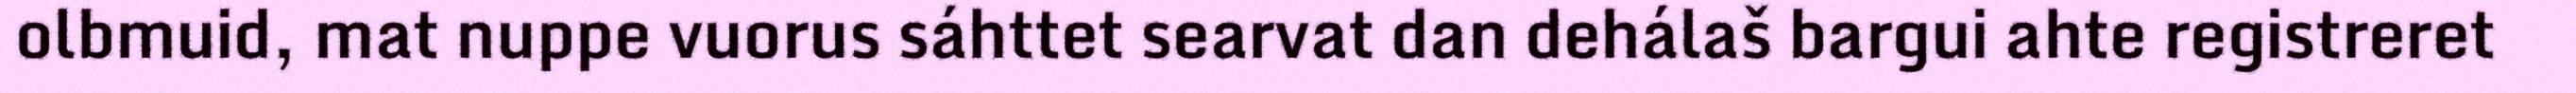
olbmuid, mat nuppe vuorus sáhttet searvat dan dehálaš bargui ahte registreret